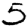
Digit: 5